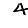
Digit: 4